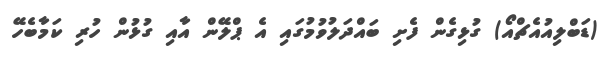
(ޑަބްލިއުއެޗްއޯ) ގުޅިގެން ފެށި ބައްދަލުވުމުގައި އެ ޕްލޭން އާއި ގުޅުން ހުރި ކަމާބެހޭ